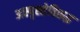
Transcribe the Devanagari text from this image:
अस्पृश्तेविरूद्ध